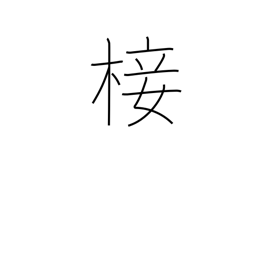
Meaning: graft